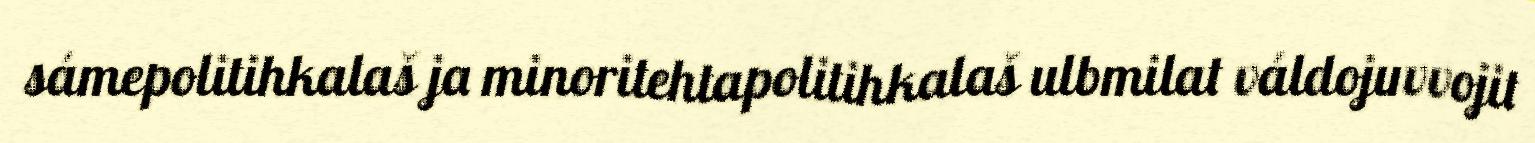
sámepolitihkalaš ja minoritehtapolitihkalaš ulbmilat váldojuvvojit